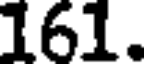
161.